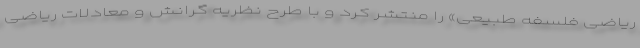
ریاضی فلسفه طبیعی» را منتشر کرد و با طرح نظریه گرانش و معادلات ریاضی